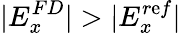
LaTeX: |E_{x}^{FD}|>|E_{x}^{r\mathrm{e}f}|